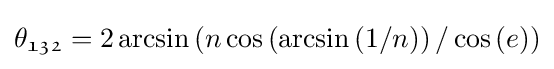
\theta _{{\mathfrak {1}}{\mathfrak {3}}{\mathfrak {2}}}=2\arcsin \left(n\cos \left(\arcsin \left(1/n\right)\right)/\cos \left(e\right)\right)